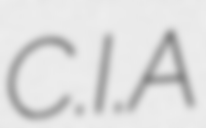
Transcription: C.I.A